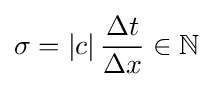
\sigma =\left|c\right|{{\Delta t} \over {\Delta x}}\in \mathbb {N}